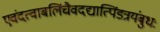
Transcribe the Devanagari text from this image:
एवंदत्वाबलिंचैवदद्यात्पिंडत्रयंबुधः